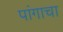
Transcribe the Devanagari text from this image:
पांगाचा